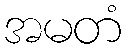
အမတံ